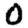
Digit: 0